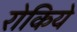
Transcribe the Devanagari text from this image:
रोकिये